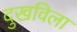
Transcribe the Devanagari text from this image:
दुखविला